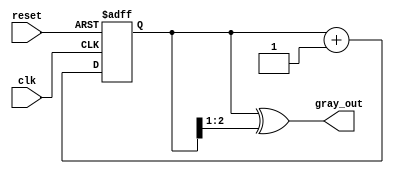
module gray_code_counter (
    input wire clk,        // Clock signal
    input wire reset,      // Asynchronous reset signal
    output reg [2:0] gray_out // 3-bit Gray code output
);

    reg [2:0] binary_count; // Internal binary counter

    // Asynchronous reset and counting logic
    always @(posedge clk or posedge reset) begin
        if (reset) begin
            binary_count <= 3'b000; // Reset binary counter to 0
        end else begin
            binary_count <= binary_count + 1; // Increment binary counter
        end
    end

    // Convert binary count to Gray code
    always @(binary_count) begin
        gray_out <= binary_count ^ (binary_count >> 1); // Gray code conversion
    end

endmodule